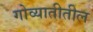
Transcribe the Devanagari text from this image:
गोव्यातीतील